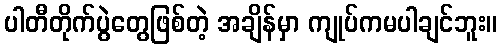
ပါတီတိုက်ပွဲတွေဖြစ်တဲ့ အချိန်မှာ ကျုပ်ကမပါချင်ဘူး။